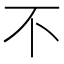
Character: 不